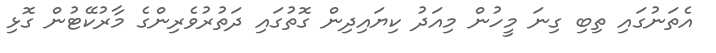
އެތަނުގައި ތިބި ގިނަ މީހުން މިއަދު ކިޔައިދިން ގޮތުގައި ދަތުރުވެރިންގެ މާރުކޭޓުން ގޮޅި